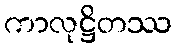
ကာလုဋ္ဌိတဿ